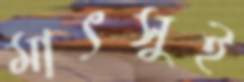
মাৎসুই